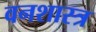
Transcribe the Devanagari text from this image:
वनशास्त्र